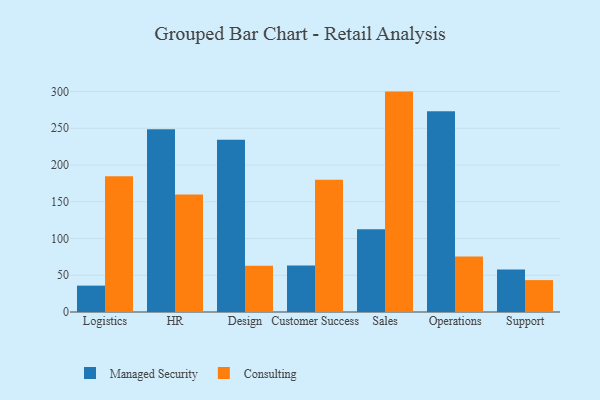
{"axis": {"x": "Department", "y": "Conversion Rate (%)"}, "legend": ["Consulting", "Managed Security"], "data": [{"x": "Logistics", "y": 35.9, "type": "Managed Security"}, {"x": "Logistics", "y": 184.6, "type": "Consulting"}, {"x": "HR", "y": 248.7, "type": "Managed Security"}, {"x": "HR", "y": 159.8, "type": "Consulting"}, {"x": "Design", "y": 234.3, "type": "Managed Security"}, {"x": "Design", "y": 63.0, "type": "Consulting"}, {"x": "Customer Success", "y": 63.2, "type": "Managed Security"}, {"x": "Customer Success", "y": 180.1, "type": "Consulting"}, {"x": "Sales", "y": 112.5, "type": "Managed Security"}, {"x": "Sales", "y": 299.9, "type": "Consulting"}, {"x": "Operations", "y": 273.0, "type": "Managed Security"}, {"x": "Operations", "y": 75.6, "type": "Consulting"}, {"x": "Support", "y": 57.7, "type": "Managed Security"}, {"x": "Support", "y": 43.4, "type": "Consulting"}]}